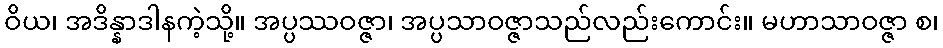
ဝိယ၊ အဒိန္နာဒါနကဲ့သို့။ အပ္ပဿဝဇ္ဇာ၊ အပ္ပသာဝဇ္ဇာသည်လည်းကောင်း။ မဟာသာဝဇ္ဇာ စ၊